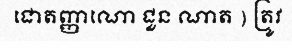
ជោតញ្ញាណោ ជួន ណាត ) ត្រូវ